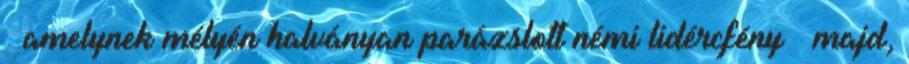
– amelynek mélyén halványan parázslott némi lidércfény – majd,